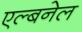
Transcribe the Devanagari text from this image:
एल्बनेल